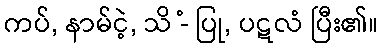
ကပ်, နာမ်ငဲ့, သိ -ံ ပြု, ပဋလံ ပြီး၏။